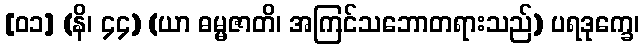
[၀၁] (နိ၊ ၄၄) (ယာ ဓမ္မဇာတိ၊ အကြင်သဘောတရားသည်) ပရဒုက္ခေ၊